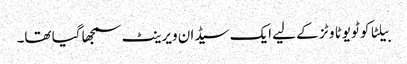
بیلٹا کو ٹویوٹا وٹز کے لیے ایک سیڈان ویرینٹ سمجھا گیا تھا۔